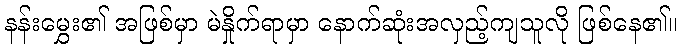
နန်းမွှေး၏ အဖြစ်မှာ မဲနှိုက်ရာမှာ နောက်ဆုံးအလှည့်ကျသူလို ဖြစ်နေ၏။